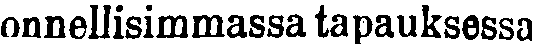
onnellisimmassa tapauksessa